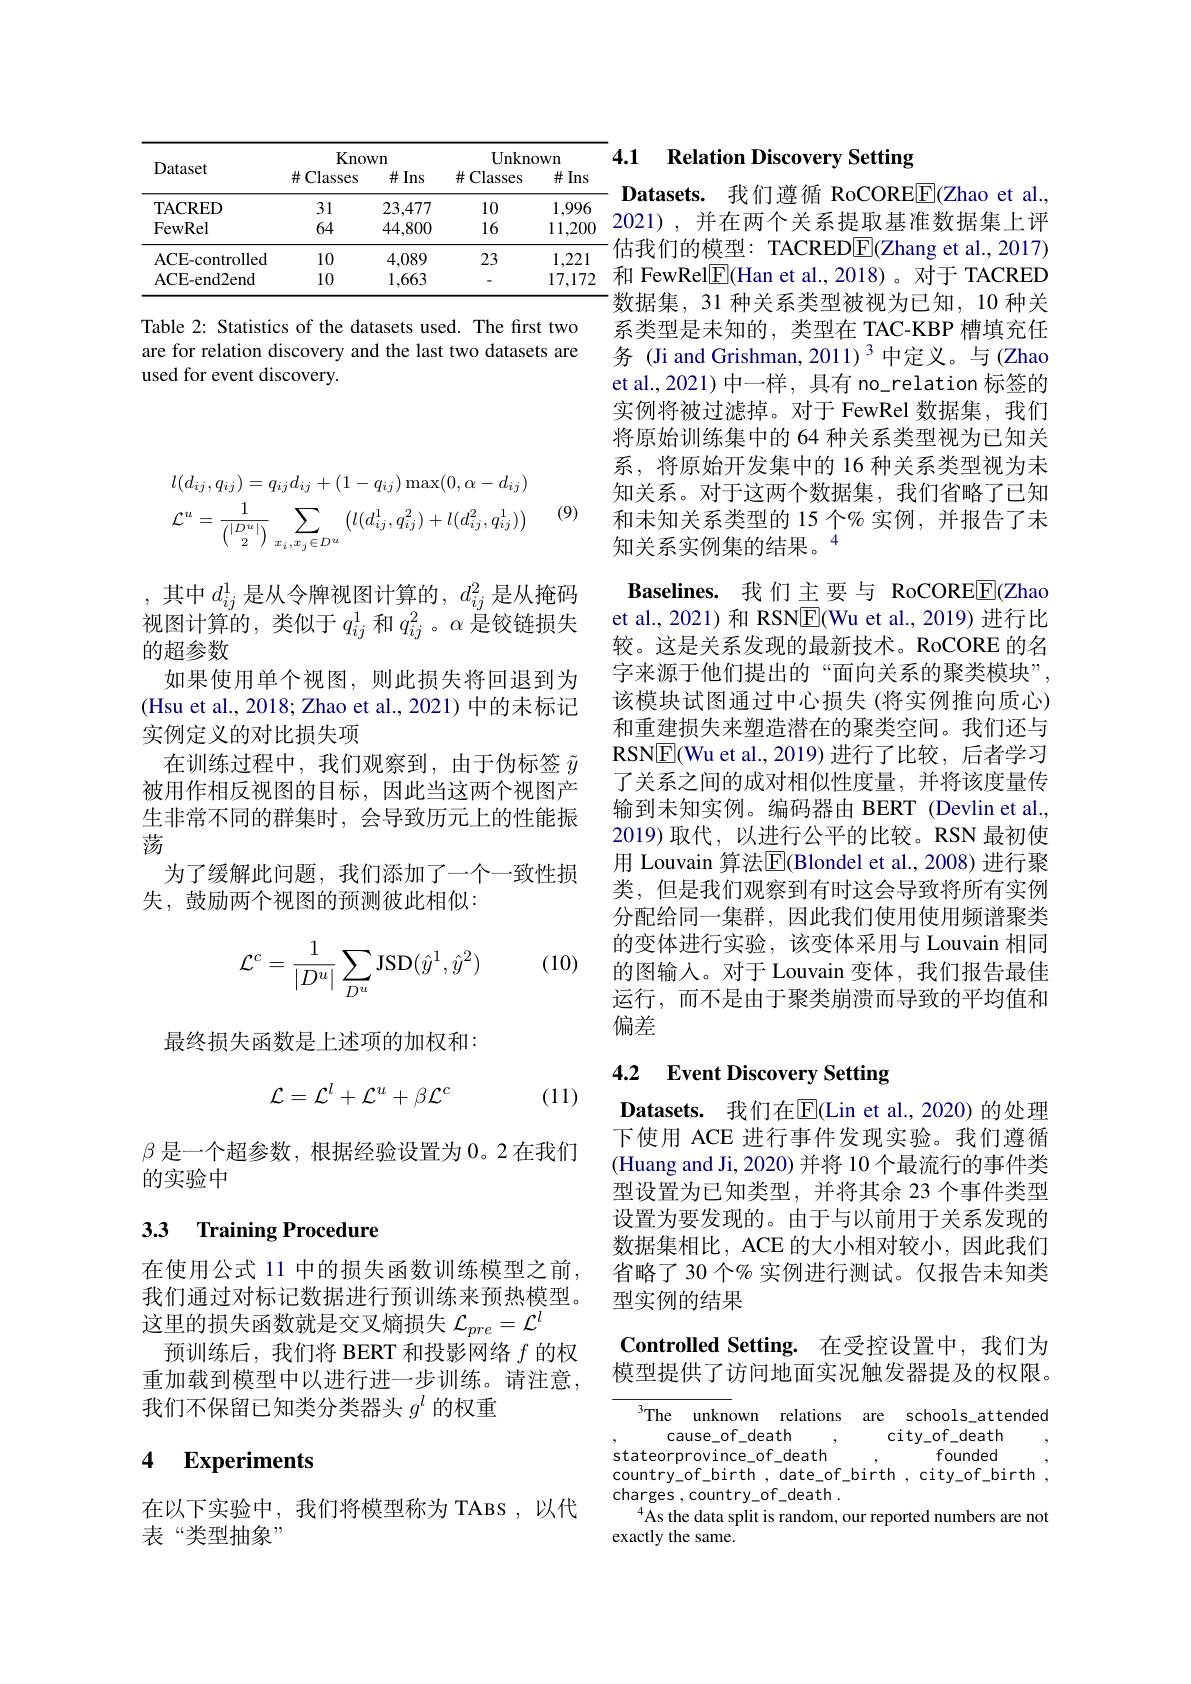
<table>
	<tbody>
		<tr>
			<th rowspan="2">Dataset</th>
			<th colspan="2">Known</th>
			<th colspan="2">Unknown</th>
		</tr>
		<tr>
			<th>$\#$Classes</th>
			<th>$\#Ins$</th>
			<th>$\#$Classes</th>
			<th>$\#Ins$</th>
		</tr>
		<tr>
			<td>TACRED</td>
			<td>31</td>
			<td>23,477</td>
			<td>10</td>
			<td>1,996</td>
		</tr>
		<tr>
			<td>FewRel</td>
			<td>64</td>
			<td>44,800</td>
			<td>16</td>
			<td>11,200</td>
		</tr>
		<tr>
			<td>ACE- controlled</td>
			<td>10</td>
			<td>4.089</td>
			<td>23</td>
			<td>1,221</td>
		</tr>
		<tr>
			<td>ACE- end2end</td>
			<td>10</td>
			<td>1,663</td>
			<td> </td>
			<td>17,172</td>
		</tr>
	</tbody>
</table>

Table 2: Statistics of the datasets used. The first two are for relation discovery and the last two datasets are used for event discovery.
$$\begin{aligned}&l(d_{ij},q_{ij})=q_{ij}d_{ij}+(1-q_{ij})\max(0,\alpha-d_{ij})\\&\mathcal{L}^{u}=\frac{1}{\binom{|D^{u}|}{2}}\sum_{x_{i},x_{j}\in D^{u}}\left(l(d_{ij}^{1},q_{ij}^{2})+l(d_{ij}^{2},q_{ij}^{1})\right)\end{aligned}$$
(9)

,其中$d_ij^1$是从令牌视图计算的$,d_ij^2$是从掩码视图计算的，类似于$q_ij^1$和$q_{ij}^2$。$\alpha$是铰链损失的超参数
如果使用单个视图，则此损失将回退到为(Hsu et al., 2018; Zhao et al., 2021) 中的未标记实例定义的对比损失项
在训练过程中，我们观察到，由于伪标签$\tilde{y}$ 被用作相反视图的目标，因此当这两个视图产生非常不同的群集时，会导致历元上的性能振荡
为了缓解此问题，我们添加了一个一致性损
失，鼓励两个视图的预测彼此相似：

(10)
$$\begin{aligned}\mathcal{L}^c=\frac{1}{|D^u|}\sum_{D^u}\mathrm{JSD}(\hat{y}^1,\hat{y}^2)\end{aligned}$$
最终损失函数是上述项的加权和：
$$\mathcal{L}=\mathcal{L}^l+\mathcal{L}^u+\beta\mathcal{L}^c$$
(11)

$\beta$是一个超参数，根据经验设置为 0。2 在我们
的实验中

## 33 Training Procedure

在使用公式 11 中的损失函数训练模型之前， 我们通过对标记数据进行预训练来预热模型。这里的损失函数就是交叉熵损失$\mathcal{L}_{pre}=\mathcal{L}^l$
预训练后，我们将 BERT 和投影网络$f$的权重加载到模型中以进行进一步训练。请注意， 我们不保留已知类分类器头$g^l$的权重

### 4 $\textbf{Experiments}$

在以下实验中，我们将模型称为 TABS ,以代
表“类型抽象”

4.1 Relation Discovery Setting

Datasets. 我们遵循 RoCORE$\boxed{\mathrm{E}}($Zhao et al. 2021),并在两个关系提取基准数据集上评估我们的模型：TACREDE(Zhang et al., 2017) 和 FewRel$\boxed{\mathrm{F}}($Han et al., 2018)。对于 TACRED 数据集，31 种关系类型被视为已知，10 种关系类型是未知的，类型在 TAC-KBP 槽填充任务 (Ji and Grishman, 2011)$^3$中定义。与 (Zhao et al.,2021) 中一样，具有 no\_relation 标签的实例将被过滤掉。对于 FewRel 数据集，我们将原始训练集中的 64 种关系类型视为已知关系，将原始开发集中的 16 种关系类型视为未知关系。对于这两个数据集，我们省略了已知和未知关系类型的 15 个% 实例，并报告了未知关系实例集的结果。$^{\mathrm{i}}$

Baselines. 我们主要与 RoCOREE(Zhao et al., 2021) 和 RSN$\boxed{\mathrm{F}}($Wu et al., 2019) 进行比较。这是关系发现的最新技术。RoCORE 的名字来源于他们提出的“面向关系的聚类模块”, 该模块试图通过中心损失(将实例推向质心) 和重建损失来塑造潜在的聚类空间。我们还与RSNE(Wu et al., 2019)进行了比较，后者学习了关系之间的成对相似性度量，并将该度量传输到未知实例。编码器由 BERT (Devlin et al., 2019)取代，以进行公平的比较。RSN 最初使用 Louvain 算法$\overline{\mathrm{E}}($Blondel et al.,2008)进行聚类，但是我们观察到有时这会导致将所有实例分配给同一集群，因此我们使用使用频谱聚类的变体进行实验，该变体采用与 Louvain 相同的图输入。对于 Louvain 变体，我们报告最佳运行，而不是由于聚类崩溃而导致的平均值和偏差

# 4.2 Event Discovery Setting

Datasets. 我们在$\overline{\mathrm{E}}($Lin et al.,2020)的处理下使用 ACE 进行事件发现实验。我们遵循(Huang and Ji, 2020) 并将 10 个最流行的事件类型设置为已知类型，并将其余 23 个事件类型设置为要发现的。由于与以前用于关系发现的数据集相比，ACE 的大小相对较小，因此我们省略了 30 个% 实例进行测试。仅报告未知类型实例的结果

## Controlled Setting. 在受控设置中，我们为模型提供了访问地面实况触发器提及的权限。

The unknown relations are schools\_attended
cause\_of\_death
city_of_death
$stateorprovince_of_{-}death$
founded
country\_of\_birth, date\_of\_birth, city\_of\_birth,
charges , country\_of\_death.
As the data split is random, our reported numbers are not
exactly the same.